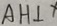
A H \bot